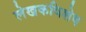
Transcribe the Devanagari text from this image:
लेखकविशेष